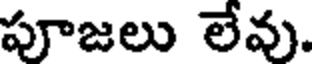
పూజలు లేవు.